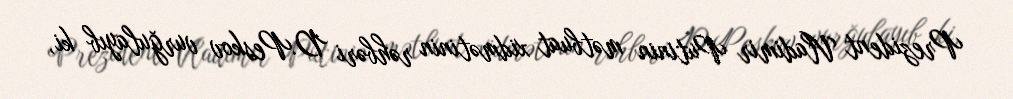
Prezident Vladimir Putinin mətbuat xidmətinin rəhbəri D.Peskov vurğulayıb ki,